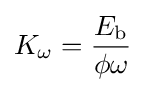
K_{\omega }={\frac {E_{\text{b}}}{\phi \omega }}